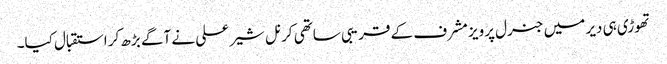
تھوڑی ہی دیر میں جنرل پرویز مشرف کے قریبی ساتھی کرنل شیر علی نے آگے بڑھ کر استقبال کیا۔